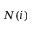
N ( i )